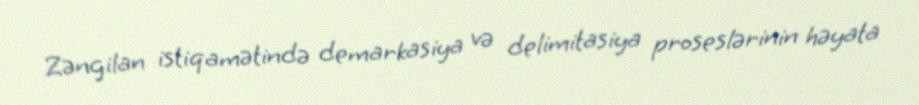
Zəngilan istiqamətində demarkasiya və delimitasiya proseslərinin həyata